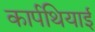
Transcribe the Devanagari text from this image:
कार्पथियाई